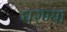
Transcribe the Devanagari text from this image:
धरण्या